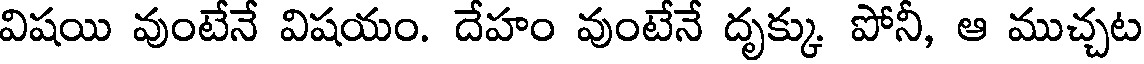
విషయి వుంటేనే విషయం. దేహం వుంటేనే దృక్కు పోనీ, ఆ ముచ్చట